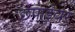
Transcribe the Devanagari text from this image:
छपाईवर